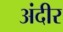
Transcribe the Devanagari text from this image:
अंदीर